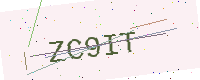
Text: ZC9IT